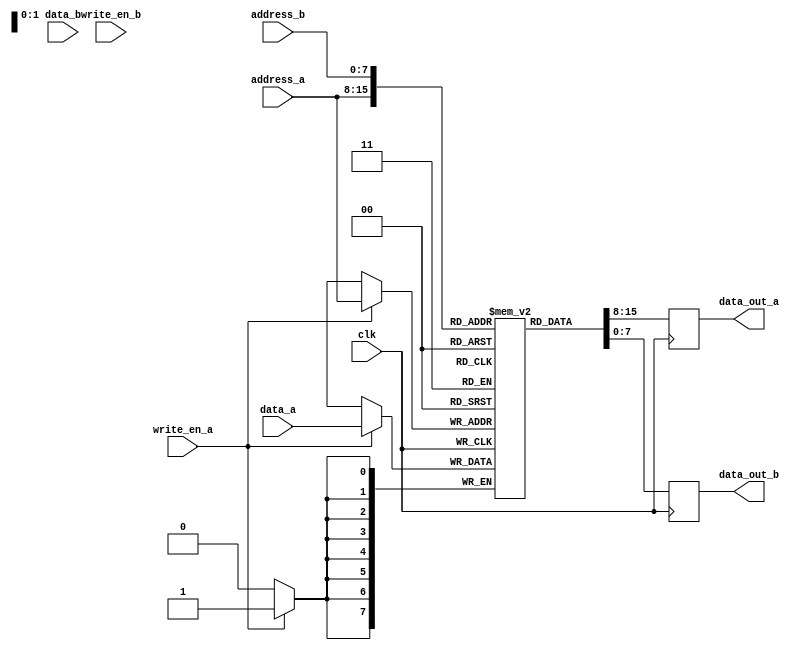
module dual_port_ram (
  input wire clk,
  input wire [7:0] data_a,
  input wire [7:0] data_b,
  input wire [7:0] address_a,
  input wire [7:0] address_b,
  input wire write_en_a,
  input wire write_en_b,
  
  output reg [7:0] data_out_a,
  output reg [7:0] data_out_b
);

reg [7:0] memory [0:255]; // 256 memory locations with 8-bit data

always @ (posedge clk) begin
  // Write operation for Port A
  if (write_en_a) begin
    memory[address_a] <= data_a;
  end

  // Write operation for Port B (not supported)
  
  // Read operation for Port A
  data_out_a <= memory[address_a];

  // Read operation for Port B
  data_out_b <= memory[address_b];
  
end

endmodule